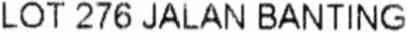
LOT 276 JALAN BANTING